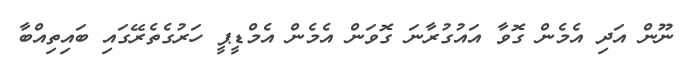
ނޫން އަދި އެމެން ގޮވާ އައުގުރާނަ ގޮވަން އެމެން އެމްޑީޕީ ހަރުގެތެރޭގައި ބައިތިއްބާ